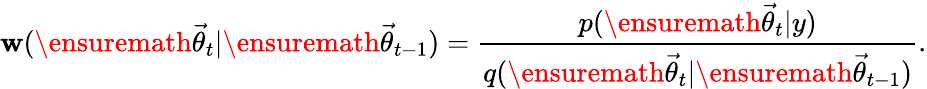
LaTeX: \mathbf{w}(\ensuremath{{\vec{{\theta}}}}_{t}|\ensuremath{{\vec{{\theta}}}}_{t-1})=\frac{{p(\ensuremath{{\vec{{\theta}}}}_{t}|y)}}{{q(\ensuremath{{\vec{{\theta}}}}_{t}|\ensuremath{{\vec{{\theta}}}}_{t-1})}}.